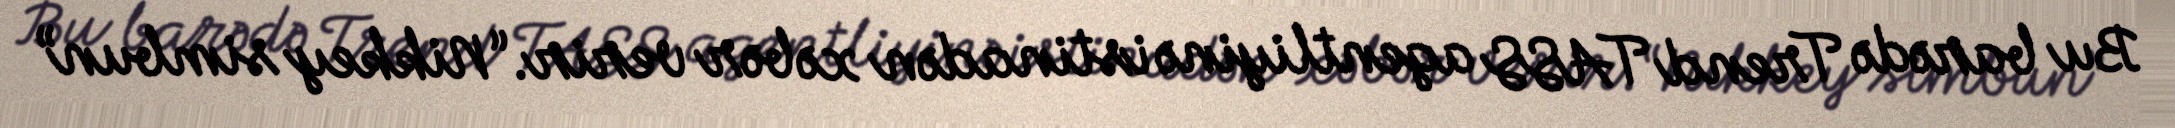
Bu barədə Trend TASS agentliyinə istinadən xəbər verir.“Nikkey simbun”